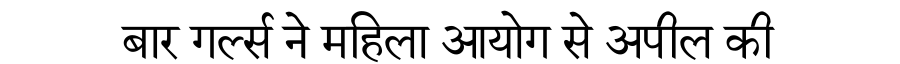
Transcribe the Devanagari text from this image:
बार गर्ल्स ने महिला आयोग से अपील की